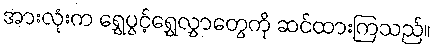
အားလုံးက ရွှေပွင့်ရွှေလွှာတွေကို ဆင်ထားကြသည်။